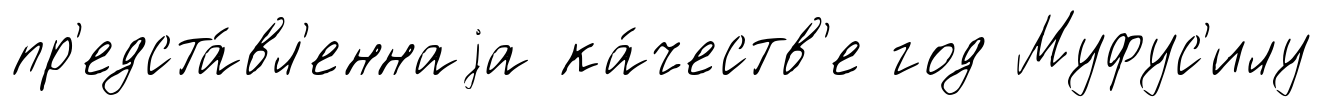
пр'едста́вл'еннаjа ка́честв'е год Муфус'илу